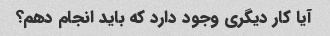
آیا کار دیگری وجود دارد که باید انجام دهم؟